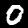
Label: 0